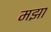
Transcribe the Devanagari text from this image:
मझा